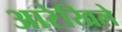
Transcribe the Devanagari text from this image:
आरेखिले